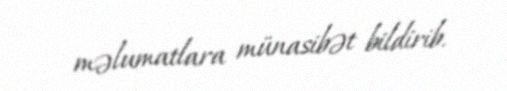
məlumatlara münasibət bildirib.